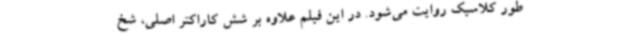
طور کلاسیک روایت می‌شود. در این فیلم علاوه بر شش کاراکتر اصلی، شخ